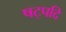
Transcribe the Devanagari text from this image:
षट्पदि